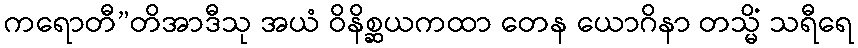
ကရောတီ”တိအာဒီသု အယံ ဝိနိစ္ဆယကထာ တေန ယောဂိနာ တသ္မိံ သရီရေ